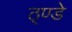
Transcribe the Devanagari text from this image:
ठ्ण्डे